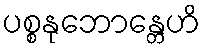
ပစ္စနုဘောန္တေဟိ